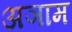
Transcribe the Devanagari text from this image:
अञाम